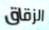
الزقاق